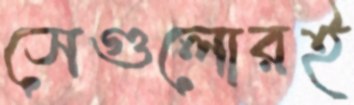
সেগুলোরই